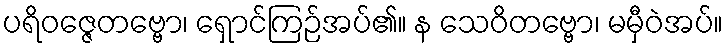
ပရိဝဇ္ဇေတဗ္ဗော၊ ရှောင်ကြဉ်အပ်၏။ န သေဝိတဗ္ဗော၊ မမှီဝဲအပ်။